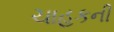
ચાહકની